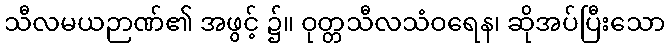
သီလမယဉာဏ်၏ အဖွင့် ၌။ ဝုတ္တသီလသံဝရေန၊ ဆိုအပ်ပြီးသော